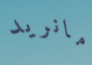
مانريد